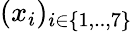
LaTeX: (x_{i})_{i\in\{ 1,..,7\} }